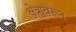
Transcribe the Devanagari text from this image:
क्षेत्रावरून